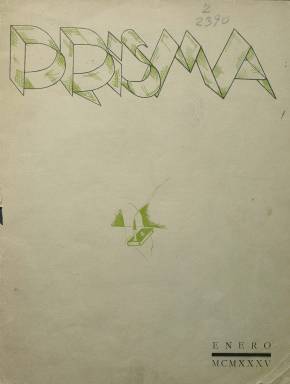
Título: Prisma (Madrid)
Colección: Cultura
Ámbito geográfico: Madrid
Lugar de publicación: Madrid
Fechas: 01/01/1935-31/03/1935

Revista universitaria editada por alumnos de la Facultad de Filosofía y Letras, de la Universidad Central de Madrid. Con el subtítulo “revista de estudios”, aparecen tres entregas entre enero y marzo de 1935, en torno a dos docenas de páginas cada una, con una cubierta en cartulina y un pliego de publicidad comercial. Según su primer editorial, no es una “revista de lucha” ni “órgano de escuela, y menos de secta”, por lo que se mantuvo al margen de corrientes ideológicas o estéticas, a juicio de Ángel Luis Sobrino Vegas, autor en 2012 de una tesis sobre las revistas literarias en la segunda república. En su primer número aparecen unas breves declaraciones del entonces catedrático de Historia Moderna y primer rector de la universidad en la posterior dictadura, Pío Zabala, en la que este ofrece su consejo de lo que debe ser una revista estudiantil universitaria. Esta combina en sus páginas el breve ensayo literario o histórico, con textos de creación literaria (poemas, prosas poéticas, cuentos o dramaturgia), con extractos de otras publicaciones, reseñas bibliográficas y noticias de la vida académica y estudiantil.

En los tres números y por entregas publica la Introducción al estudio del Quijote, de Diego Clemencín, con motivo del primer centenario del fallecimiento de este cervantista. También se suma al tricentenario de Lope de Vega, o Juan Scrailt escribe sobre El jubileo de Unamuno. También colaboran Arturo Serrano Plaza (Soneto falso), Arturo del Hoyo (Gesto y figura de don Francisco de Quevedo), Alfonso de la Torre (Romance de la abuela muerta), Rafael García Serrano (Manifiesto romántico), Pedro López Lapuente (Las altas tímidas), Luis de Sosa (Causas políticas de la independencia de América), Simón Tobalina (Un pobre hombre y un gran corazón), Félix Casanova de Ayala (Del regreso), T. Bernardo Hevia (Estatua sin voz) o Ascra Nauel (El, ella y los dos). Tiene secciones de Bibliografía, Deportes, Cotilleo universitario y Vida estudiantil. Inserta algunas ilustraciones, entre ellas una viñeta de Isern. Su número dos está dividido en tres secciones que denomina “vidrio”,” verso” y “fecha”. En su lugar, en el curso 1935-1936 apareció otra revista con el título Almena.